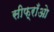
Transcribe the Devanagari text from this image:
सीफ़्राँओ